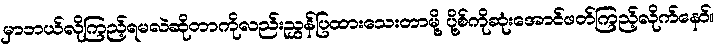
မှာဘယ်လိုကြည့်ရမလဲဆိုတာကိုလည်းညွှန်ပြထားသေးတာမို့ ပို့စ်ကိုဆုံးအောင်ဖတ်ကြည့်လိုက်နော်။